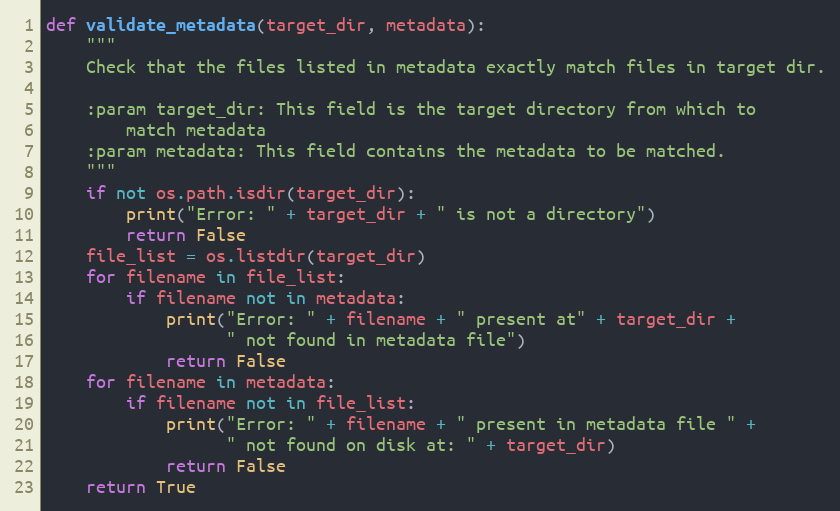
Language: Python
def validate_metadata(target_dir, metadata):
    """
    Check that the files listed in metadata exactly match files in target dir.

    :param target_dir: This field is the target directory from which to
        match metadata
    :param metadata: This field contains the metadata to be matched.
    """
    if not os.path.isdir(target_dir):
        print("Error: " + target_dir + " is not a directory")
        return False
    file_list = os.listdir(target_dir)
    for filename in file_list:
        if filename not in metadata:
            print("Error: " + filename + " present at" + target_dir +
                  " not found in metadata file")
            return False
    for filename in metadata:
        if filename not in file_list:
            print("Error: " + filename + " present in metadata file " +
                  " not found on disk at: " + target_dir)
            return False
    return True